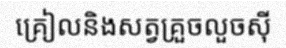
គ្រៀលនិងសត្វគ្រួចលួចស៊ី